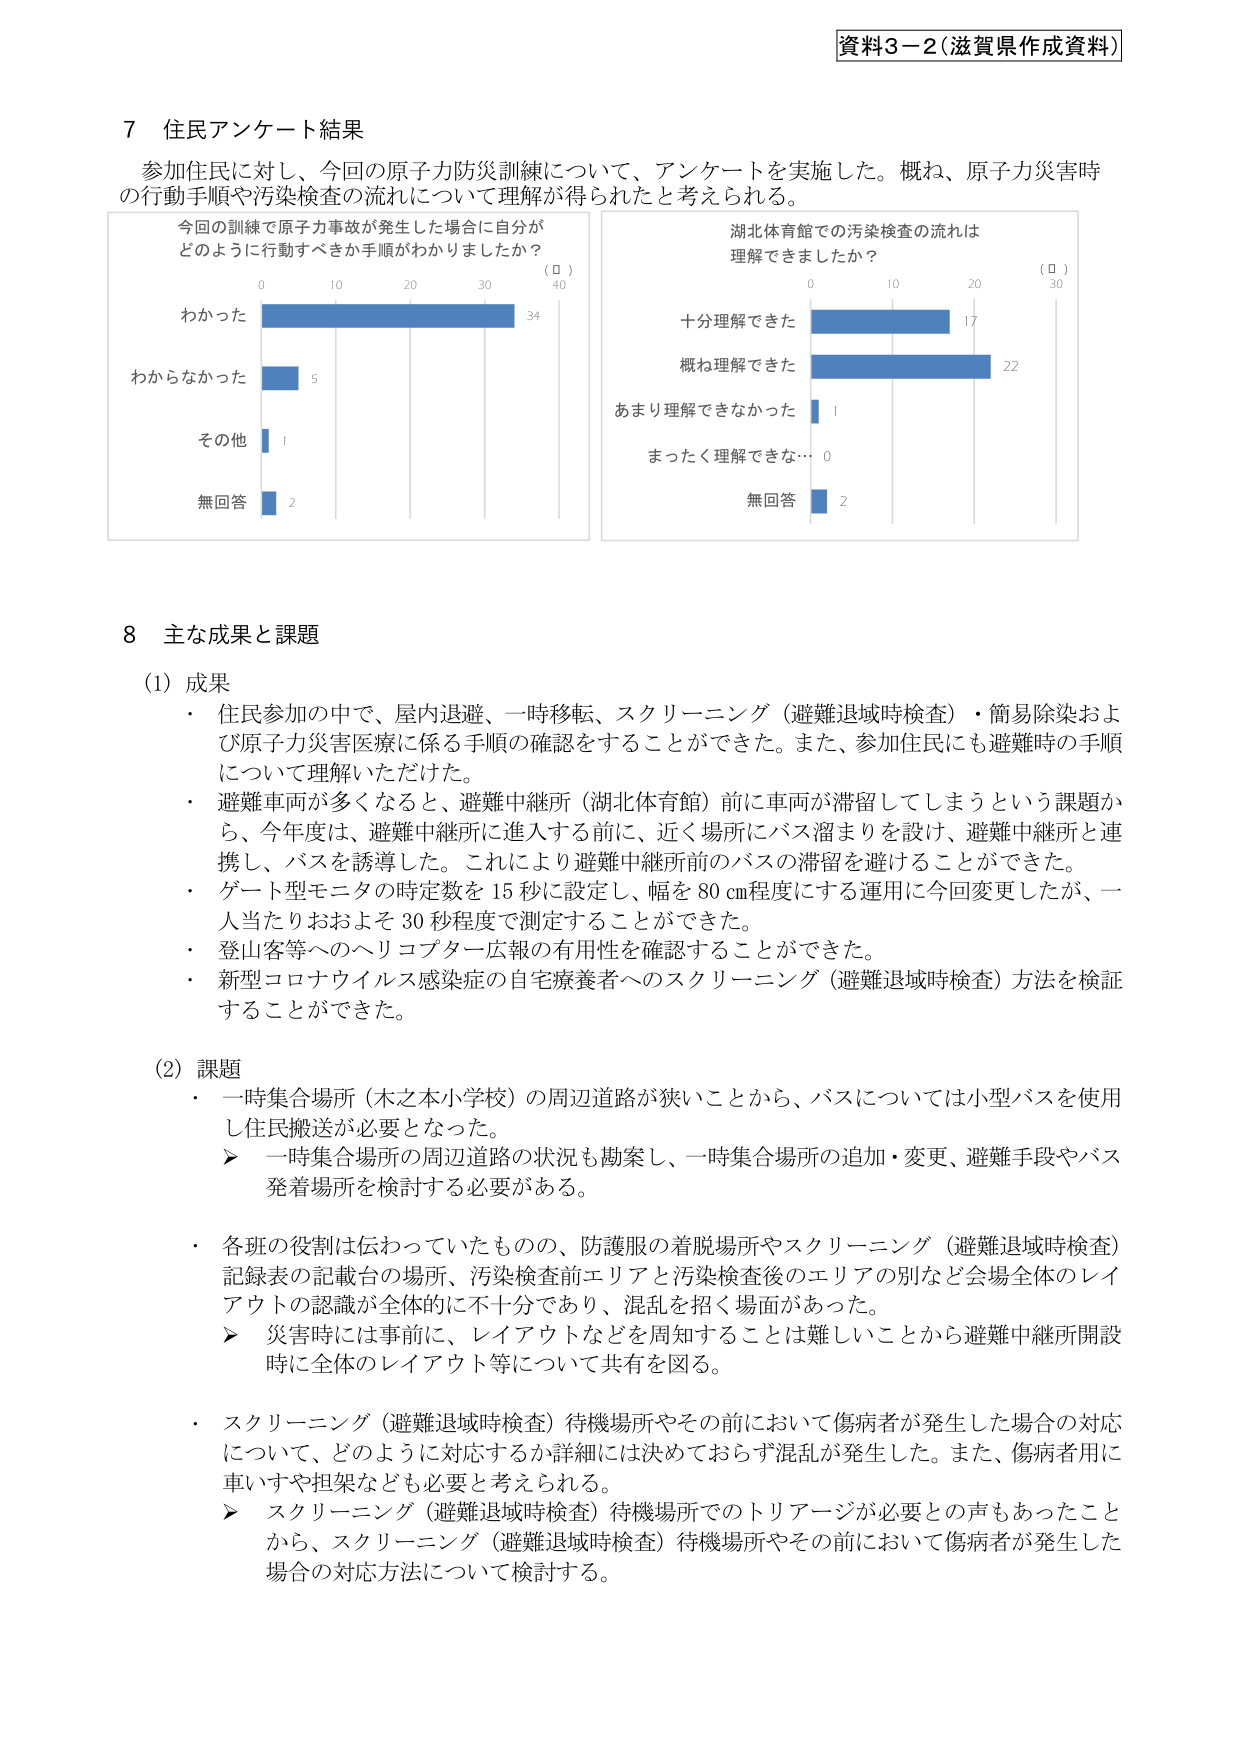
資料3－2（滋賀県作成資料）

7 住民アンケート結果
参加住民に対し、今回の原子力防災訓練について、アンケートを実施した。概ね、原子力災害時の行動手順や汚染検査の流れについて理解が得られたと考えられる。

今回の訓練で原子力事故が発生した場合に自分が
どのように行動すべきか手順がわかりましたか？
（□）
0 10 20 30 40
わかった 34
わからなかった 5
その他 1
無回答 2

湖北体育館での汚染検査の流れは
理解できましたか？
（□）
0 10 20 30
十分理解できた 17
概ね理解できた 22
あまり理解できなかった 1
まったく理解できな… 0
無回答 2

8 主な成果と課題

（1）成果
・ 住民参加の中で、屋内退避、一時移転、スクリーニング（避難退域時検査）・簡易除染および原子力災害医療に係る手順の確認をすることができた。また、参加住民にも避難時の手順について理解いただけた。
・ 避難車両が多くなると、避難中継所（湖北体育館）前に車両が滞留してしまうという課題から、今年度は、避難中継所に進入する前に、近く場所にバス溜まりを設け、避難中継所と連携し、バスを誘導した。これにより避難中継所前のバスの滞留を避けることができた。
・ ゲート型モニタの時定数を15秒に設定し、幅を80cm程度にする運用に今回変更したが、一人当たりおおよそ30秒程度で測定することができた。
・ 登山客等へのヘリコプター広報の有用性を確認することができた。
・ 新型コロナウイルス感染症の自宅療養者へのスクリーニング（避難退域時検査）方法を検証することができた。

（2）課題
・ 一時集合場所（木之本小学校）の周辺道路が狭いことから、バスについては小型バスを使用し住民搬送が必要となった。
　▶ 一時集合場所の周辺道路の状況も勘案し、一時集合場所の追加・変更、避難手段やバス発着場所を検討する必要がある。
・ 各班の役割は伝わっていたものの、防護服の着脱場所やスクリーニング（避難退域時検査）記録表の記載台の場所、汚染検査前エリアと汚染検査後のエリアの別など会場全体のレイアウトの認識が全体的に不十分であり、混乱を招く場面があった。
　▶ 災害時には事前に、レイアウトなどを周知することは難しいことから避難中継所開設時に全体のレイアウト等について共有を図る。
・ スクリーニング（避難退域時検査）待機場所やその前において傷病者が発生した場合の対応について、どのように対応するか詳細には決めておらず混乱が発生した。また、傷病者用に車いすや担架なども必要と考えられる。
　▶ スクリーニング（避難退域時検査）待機場所でのトリアージが必要との声もあったことから、スクリーニング（避難退域時検査）待機場所やその前において傷病者が発生した場合の対応方法について検討する。